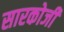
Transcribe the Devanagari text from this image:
सारकोजी